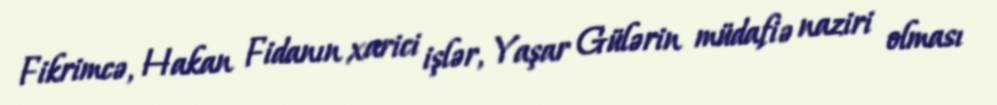
Fikrimcə, Hakan Fidanın xarici işlər, Yaşar Gülərin müdafiə naziri olması